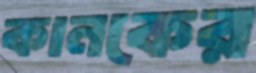
কানকের